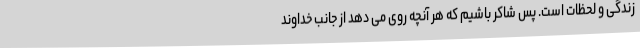
زندگی و لحظات است. پس شاکر باشیم که هر آنچه روی می دهد از جانب خداوند